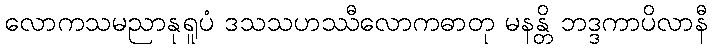
လောကသမညာနုရူပံ ဒသသဟဿီလောကဓာတု မနန္တိ ဘဒ္ဒကာပိလာနီ